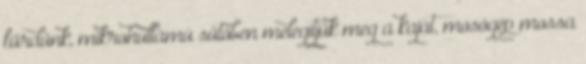
fürdünk, mikrohullámú sütőben melegítjük meg a kaját, mosógép mossa